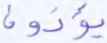
يؤذون